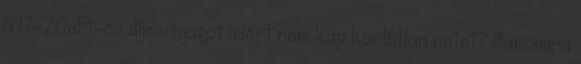
a 17-20eFt-os díjcsomagot miért nem kap korlátlan netet? Baromira